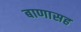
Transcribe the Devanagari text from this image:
बाणासह